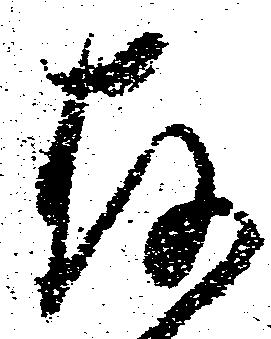
存